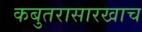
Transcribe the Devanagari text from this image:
कबुतरासारखाच